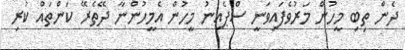
ދެން ތިބި މީހުން މަރުވެފައިވަނީ ސްޕެއިނު މީހުން އެމީހުންނާ ދޭތެރޭ ކަންތައް ކުރި